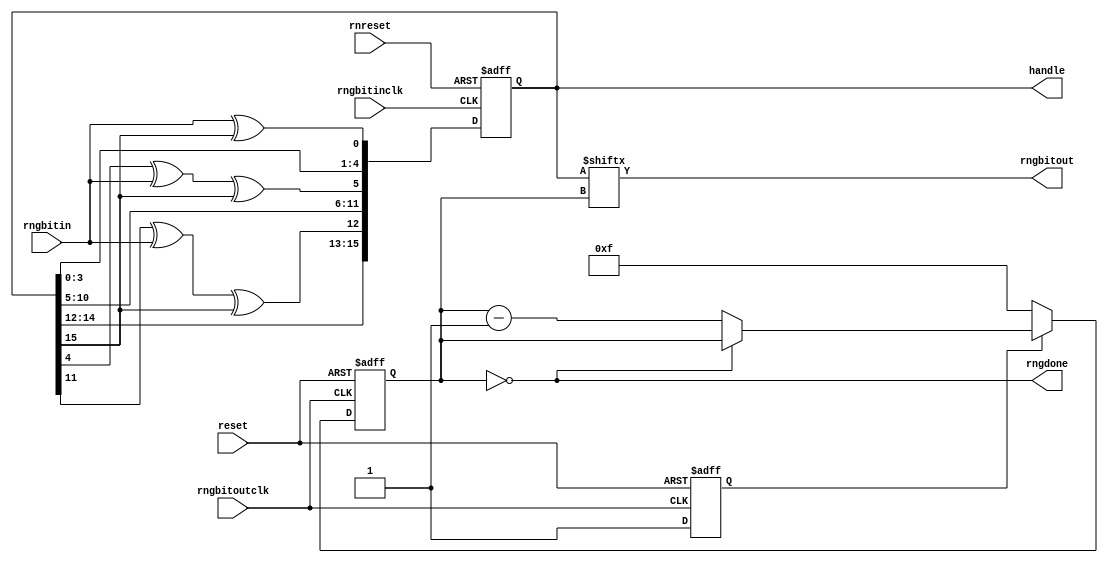
module rng(reset, rnreset, rngbitin, rngbitinclk, rngbitoutclk, rngbitout, rngdone, handle);
input reset, rnreset, rngbitoutclk;
input rngbitin, rngbitinclk;
output rngbitout, rngdone;
output [15:0] handle;

reg [15:0] rn;
reg [3:0] bitoutcounter;

/*
// test setup for checking functionality.
wire [15:0] fixedrn;
assign fixedrn = 16'h0001;
assign handle[15:0] = fixedrn[15:0];
assign rngbitout    = fixedrn[bitoutcounter];
*/

// real setup
assign handle[15:0] = rn[15:0];
assign rngbitout    = rn[bitoutcounter];

assign rngdone   = (bitoutcounter == 0);
reg    initialized;

always @ (posedge rngbitoutclk or posedge reset) begin
  if (reset) begin
    bitoutcounter <= 0;
    initialized   <= 0;
  end else if (!initialized) begin
    initialized   <= 1;
    bitoutcounter <= 15;
  end else if (!rngdone) begin
    bitoutcounter <= bitoutcounter - 4'd1;
  end else begin
  end // ~reset
end // always

always @ (posedge rngbitinclk or posedge rnreset) begin
  if (rnreset) begin
    rn <= 16'h0000;
  end else begin
    rn[0]  <= rngbitin ^ rn[15];
    rn[1]  <= rn[0];
    rn[2]  <= rn[1];
    rn[3]  <= rn[2];
    rn[4]  <= rn[3];
    rn[5]  <= rn[4] ^ rngbitin ^ rn[15];
    rn[6]  <= rn[5];
    rn[7]  <= rn[6];
    rn[8]  <= rn[7];
    rn[9]  <= rn[8];
    rn[10] <= rn[9];
    rn[11] <= rn[10];
    rn[12] <= rn[11] ^ rngbitin ^ rn[15];
    rn[13] <= rn[12];
    rn[14] <= rn[13];
    rn[15] <= rn[14];
  end // ~reset.
end // always


endmodule